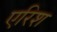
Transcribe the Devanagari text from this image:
एरिश